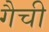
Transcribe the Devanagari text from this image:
गैची